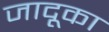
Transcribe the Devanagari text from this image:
जादूका